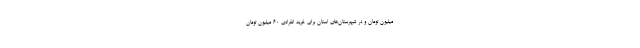
میلیون تومان و در شهرستان‌های استان برای خرید انفرادی ۶۰ میلیون تومان